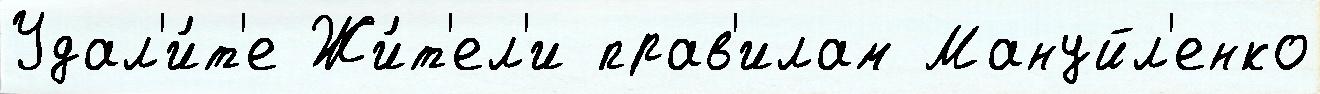
Удал'и́т'е Жи́т'ел'и прав'илам Мануйл'енко